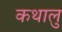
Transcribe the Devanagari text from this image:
कथालु